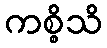
ကစ္စိသိ